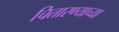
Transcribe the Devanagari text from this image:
चितारण्याच्या